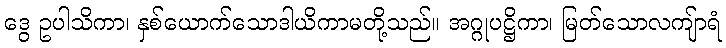
ဒွေ ဥပါသိကာ၊ နှစ်ယောက်သောဒါယိကာမတို့သည်။ အဂ္ဂုပဋ္ဌိကာ၊ မြတ်သောလကျ်ာရံ